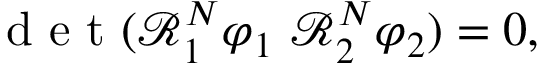
\mathrm { ~ d ~ e ~ t ~ } ( \mathcal { R } _ { 1 } ^ { N } \varphi _ { 1 } ~ \mathcal { R } _ { 2 } ^ { N } \varphi _ { 2 } ) = 0 ,